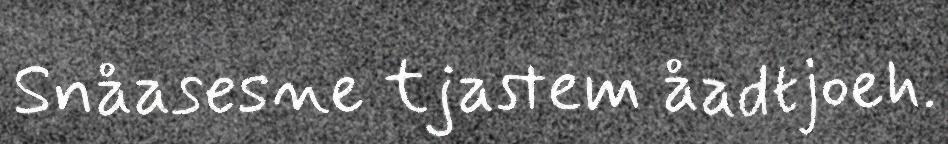
Snåasesne tjastem åadtjoeh.